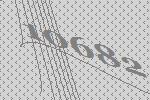
10682